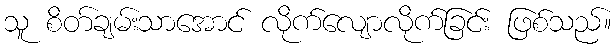
သူ စိတ်ချမ်းသာအောင် လိုက်လျောလိုက်ခြင်း ဖြစ်သည်။